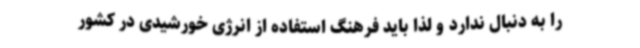
را به دنبال ندارد و لذا باید فرهنگ استفاده از انرژی خورشیدی در کشور